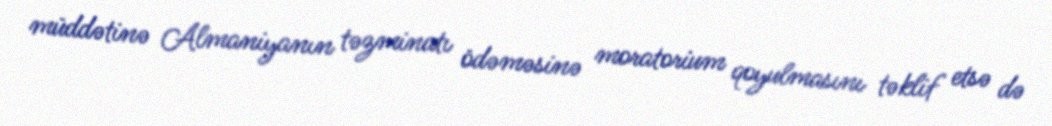
müddətinə Almaniyanın təzminatı ödəməsinə moratorium qoyulmasını təklif etsə də